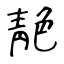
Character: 靘